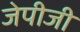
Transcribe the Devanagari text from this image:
जेपीजी